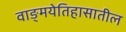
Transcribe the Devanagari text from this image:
वाङ्‌मयेतिहासातील